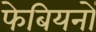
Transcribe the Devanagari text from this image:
फेबियनों